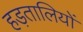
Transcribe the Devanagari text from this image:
हड़तालियों